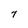
Character: 7